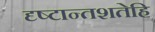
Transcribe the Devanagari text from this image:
दृष्टान्तशतेहि